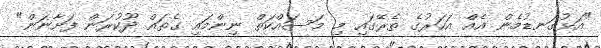
"އަޅުގަނޑުމެން އެއް އަހަރުގެ ތެރޭގައި މި މަސައްކަތް ނިންމައި ގެތައް ދޫކުރަން ފަށާނަން"